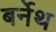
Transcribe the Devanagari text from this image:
बर्नेथ